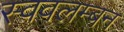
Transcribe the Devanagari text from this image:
स्ववलम्बन